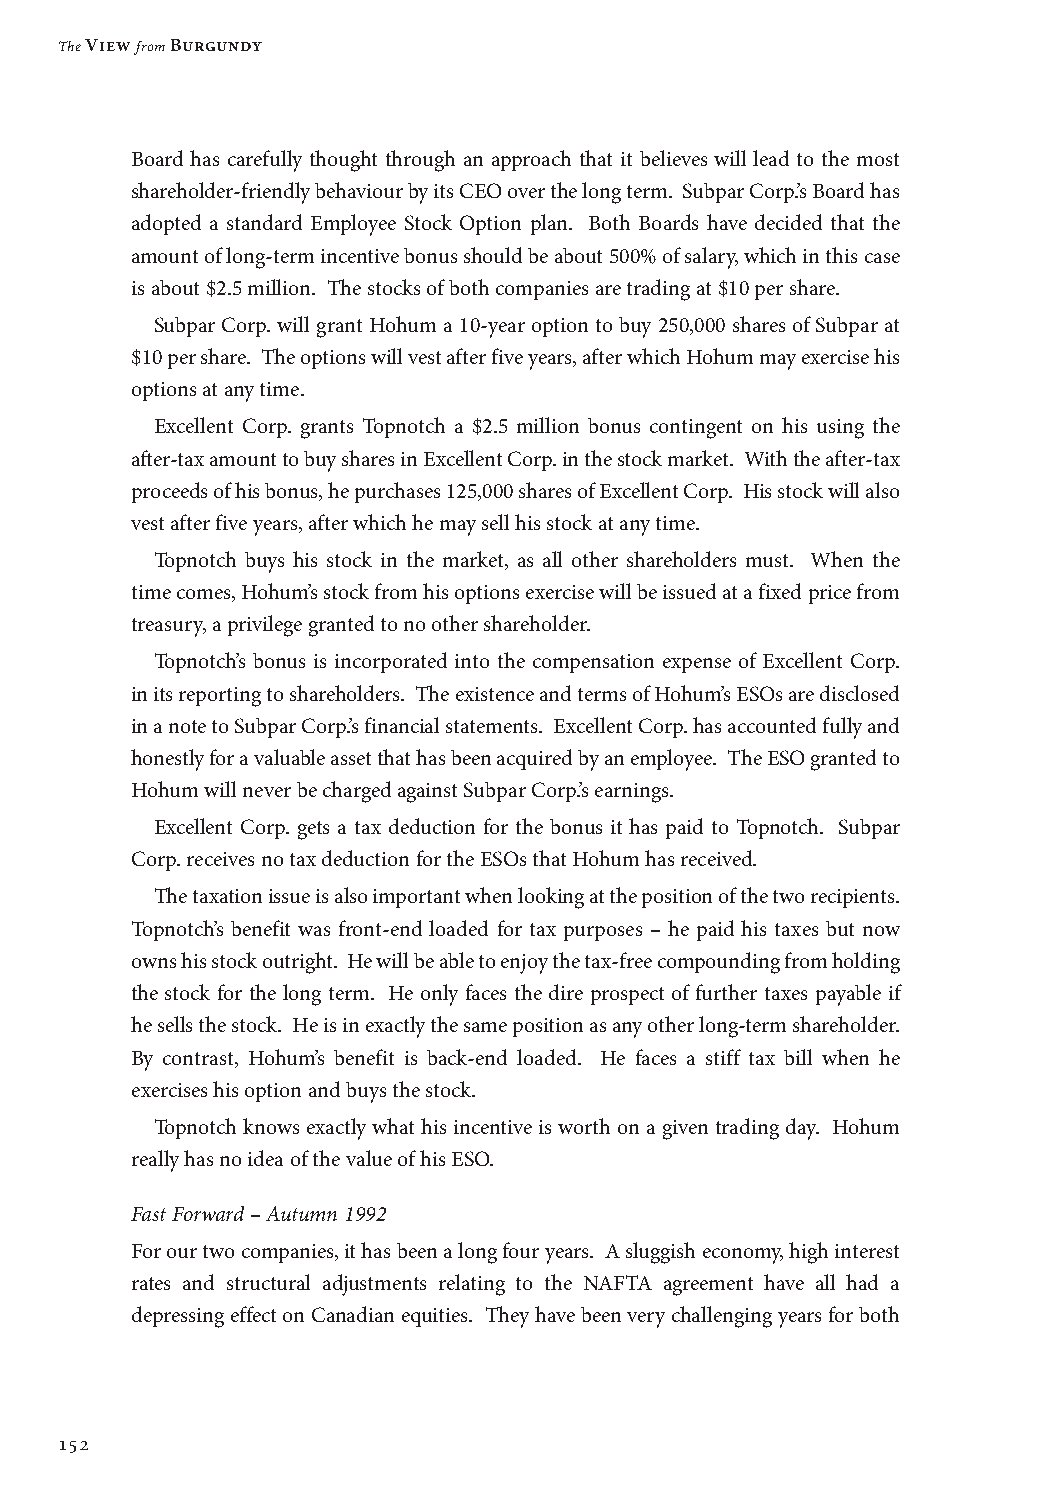
The View from Burgundy
 Board has carefully thought through an approach that it believes will lead to the most
 shareholder-friendly behaviour by its CEO over the long term. Subpar Corp.’s Board has
 adopted a standard Employee Stock Option plan. Both Boards have decided that the
 amount of long-term incentive bonus should be about 500% of salary, which in this case
 is about $2.5 million. The stocks of both companies are trading at $10 per share.
 Subpar Corp. will grant Hohum a 10-year option to buy 250,000 shares of Subpar at
 $10 per share. The options will vest after five years, after which Hohum may exercise his
 options at any time.
 Excellent Corp. grants Topnotch a $2.5 million bonus contingent on his using the
 after-tax amount to buy shares in Excellent Corp. in the stock market. With the after-tax
 proceeds of his bonus, he purchases 125,000 shares of Excellent Corp. His stock will also
 vest after five years, after which he may sell his stock at any time.
 Topnotch buys his stock in the market, as all other shareholders must. When the
 time comes, Hohum’s stock from his options exercise will be issued at a fixed price from
 treasury, a privilege granted to no other shareholder.
 Topnotch’s bonus is incorporated into the compensation expense of Excellent Corp.
 in its reporting to shareholders. The existence and terms of Hohum’s ESOs are disclosed
 in a note to Subpar Corp.’s financial statements. Excellent Corp. has accounted fully and
 honestly for a valuable asset that has been acquired by an employee. The ESO granted to
 Hohum will never be charged against Subpar Corp.’s earnings.
 Excellent Corp. gets a tax deduction for the bonus it has paid to Topnotch. Subpar
 Corp. receives no tax deduction for the ESOs that Hohum has received.
 The taxation issue is also important when looking at the position of the two recipients.
 Topnotch’s benefit was front-end loaded for tax purposes – he paid his taxes but now
 owns his stock outright. He will be able to enjoy the tax-free compounding from holding
 the stock for the long term. He only faces the dire prospect of further taxes payable if
 he sells the stock. He is in exactly the same position as any other long-term shareholder.
 By contrast, Hohum’s benefit is back-end loaded. He faces a stiff tax bill when he
 exercises his option and buys the stock.
 Topnotch knows exactly what his incentive is worth on a given trading day. Hohum
 really has no idea of the value of his ESO.
 Fast Forward – Autumn 1992
 For our two companies, it has been a long four years. A sluggish economy, high interest
 rates and structural adjustments relating to the NAFTA agreement have all had a
 depressing effect on Canadian equities. They have been very challenging years for both
 152